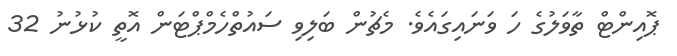
ޕޮއިންޓް ތާވަލުގެ ހަ ވަނައިގައެވެ. މެޗުން ބަލިވި ސައުތްހެމްޕްޓަން އޮތީ ކުޅުނު 32